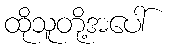
ထိုသူတို့အပေါ်